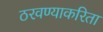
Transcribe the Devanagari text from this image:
ठरवण्याकरिता